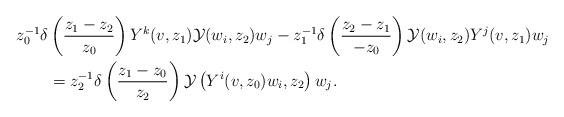
LaTeX: \begin{align*} z_0^{-1} \delta &\left( \frac{z_1 -z_2}{z_0}\right) Y^k (v,z_1)\mathcal{Y}(w_i,z_2)w_j -z_1^{-1} \delta \left( \frac{z_2 -z_1}{-z_0} \right) \mathcal{Y}(w_i ,z_2) Y^j (v,z_1)w_j \\ &=z_2^{-1} \delta \left( \frac{z_1 -z_0}{z_2} \right) \mathcal{Y}\left(Y^i (v,z_0)w_i,z_2\right)w_j.\end{align*}